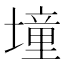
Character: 墥